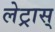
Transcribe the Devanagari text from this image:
लेट्रास्